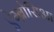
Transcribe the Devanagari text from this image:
ऐम्ब्रोसिआ